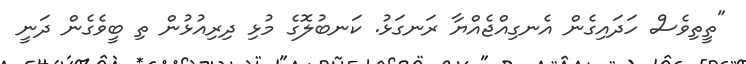
"ތީތިވެސް ހަދައިގެން އެނގިއްޖެއްޔާ ރަނގަޅު. ކަނބުލޮގެ މުޅި ދިރިއުޅުން ތި ބީވެގެން ދަނީ